Problem: 8 × 6 = ?
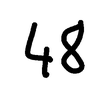
Handwritten answer: 48